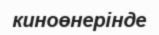
киноөнерінде